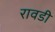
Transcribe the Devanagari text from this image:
रावडी